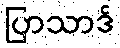
ပြာသာဒ်